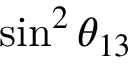
\sin ^ { 2 } \theta _ { 1 3 }